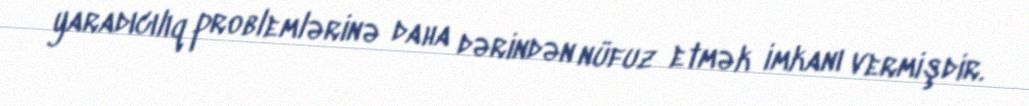
yaradıcılıq problemlərinə daha dərindən nüfuz etmək imkanı vermişdir.